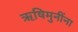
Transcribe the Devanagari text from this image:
ऋषिमुनींना